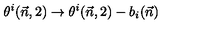
\theta ^ { i } ( \vec { n } , 2 ) \to \theta ^ { i } ( \vec { n } , 2 ) - b _ { i } ( \vec { n } )